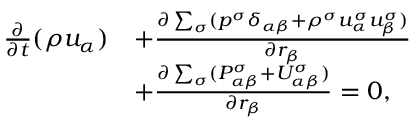
\begin{array} { r } { \begin{array} { r l } { \frac { \partial } { \partial t } ( \rho u _ { \alpha } ) } & { + \frac { \partial \sum _ { \sigma } ( p ^ { \sigma } \delta _ { \alpha \beta } + \rho ^ { \sigma } u _ { \alpha } ^ { \sigma } u _ { \beta } ^ { \sigma } ) } { \partial r _ { \beta } } } \\ & { + \frac { \partial \sum _ { \sigma } ( P _ { \alpha \beta } ^ { \sigma } + U _ { \alpha \beta } ^ { \sigma } ) } { \partial r _ { \beta } } = 0 , } \end{array} } \end{array}